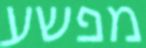
מפשע